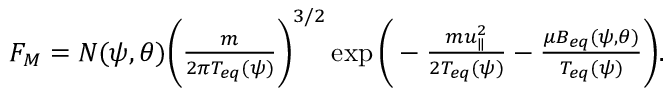
\begin{array} { r } { F _ { M } = N ( \psi , \theta ) \bigg ( \frac { m } { 2 \pi T _ { e q } ( \psi ) } \bigg ) ^ { 3 / 2 } \exp { \Bigg ( - \frac { m u _ { \parallel } ^ { 2 } } { 2 T _ { e q } ( \psi ) } - \frac { \mu B _ { e q } ( \psi , \theta ) } { T _ { e q } ( \psi ) } \Bigg ) } . } \end{array}